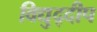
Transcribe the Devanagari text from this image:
विद्युद्दीप